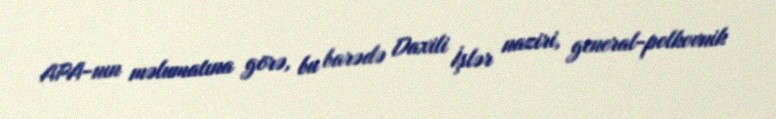
APA-nın məlumatına görə, bu barədə Daxili İşlər naziri, general-polkovnik